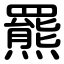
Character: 羆